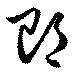
郎